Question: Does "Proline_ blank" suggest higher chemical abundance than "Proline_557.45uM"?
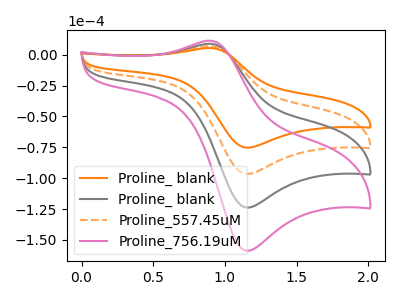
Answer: <think>The orange curve "Proline_ blank" has an anodic peak at (0.90V, 5.35uA) and a cathodic peak at (1.15V, -75.25uA). The gray curve "Proline_ blank" has an anodic peak at (0.90V, 13.75uA) and a cathodic peak at (1.15V, -193.05uA). The orange dashed curve "Proline_557.45uM" has an anodic peak at (0.90V, 6.85uA) and a cathodic peak at (1.15V, -96.50uA). The pink curve "Proline_756.19uM" has an anodic peak at (0.90V, 20.60uA) and a cathodic peak at (1.15V, -289.55uA).
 All the peaks in "Proline_ blank" have a peak in "Proline_557.45uM" at the same potential. Every peak in "Proline_ blank" is lower than every peak in "Proline_557.45uM".</think>
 <answer>"Proline_ blank" has less signal than "Proline_557.45uM".</answer>
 <eval>less_signal</eval>